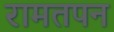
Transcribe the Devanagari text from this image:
रामतपन